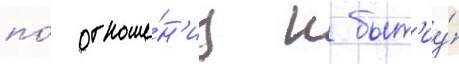
по́ отноше́н'иу к быт'иу́